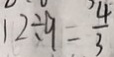
1 2 \div 9 = \frac { 4 } { 3 }